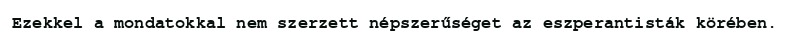
Ezekkel a mondatokkal nem szerzett népszerűséget az eszperantisták körében.